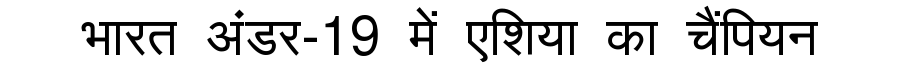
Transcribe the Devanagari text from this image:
भारत अंडर-19 में एशिया का चैंपियन